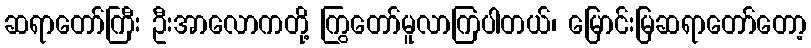
ဆရာတော်ကြီး ဦးအာလောကတို့ ကြွတော်မူလာကြပါတယ်၊ မြောင်းမြဆရာတော်တော့